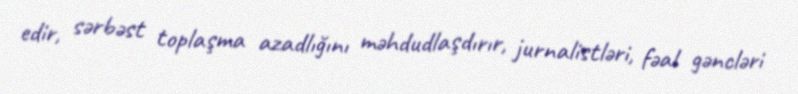
edir, sərbəst toplaşma azadlığını məhdudlaşdırır, jurnalistləri, fəal gəncləri